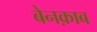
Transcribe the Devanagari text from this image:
बेनक़ाब